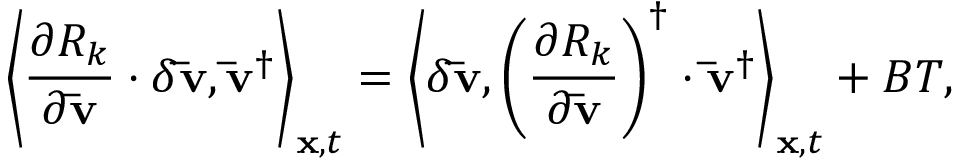
{ \left\langle { \frac { { \partial { R _ { k } } } } { { \partial { \bf { \bar { v } } } } } \cdot \delta { \bf { \bar { v } } } , { { { \bf { \bar { v } } } } ^ { \dag } } } \right\rangle _ { { \bf { x } } , t } } = { \left\langle { \delta { \bf { \bar { v } } } , { { \left( { \frac { { \partial { R _ { k } } } } { { \partial { \bf { \bar { v } } } } } } \right) } ^ { \dag } } \cdot { { { \bf { \bar { v } } } } ^ { \dag } } } \right\rangle _ { { \bf { x } } , t } } + B T ,